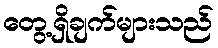
တွေ့ရှိချက်များသည်